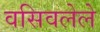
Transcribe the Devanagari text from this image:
वसिवलेले